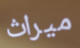
ميراث